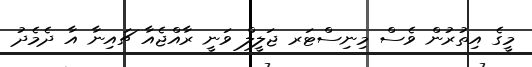
މީގެ އިތުރުން ވެސް މިނިސްޓަރ ޖަލީލް ވަނީ ރާއްޖެއާ ޗައިނާ އާ ދެމެދު